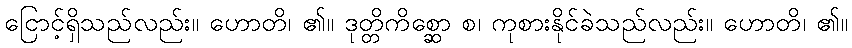
ငြောင့်ရှိသည်လည်း။ ဟောတိ၊ ၏။ ဒုတ္တိကိစ္ဆော စ၊ ကုစားနိုင်ခဲသည်လည်း။ ဟောတိ၊ ၏။